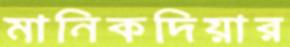
মানিকদিয়ার